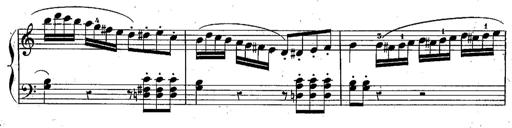
Title: Piano Sonatine
Composer: Jacques-Louis Battmann